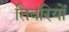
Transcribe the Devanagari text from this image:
तिबरियों